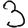
Digit: 3